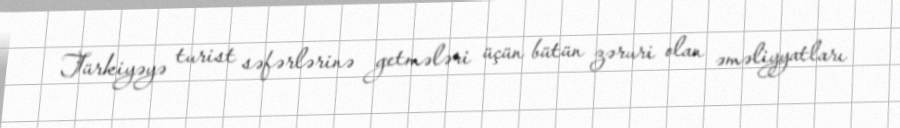
Türkiyəyə turist səfərlərinə getmələri üçün bütün zəruri olan əməliyyatları